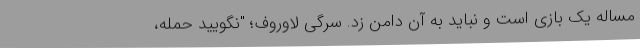
مساله یک بازی است و نباید به آن دامن زد. سرگی لاوروف؛ "نگویید حمله،